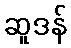
ဆူဒန်